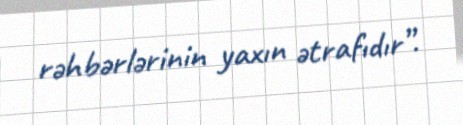
rəhbərlərinin yaxın ətrafıdır”.